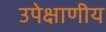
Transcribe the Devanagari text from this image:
उपेक्षाणीय